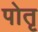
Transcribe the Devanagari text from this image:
पोतृ